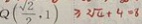
Q ( \frac { \sqrt { 2 } } { 2 } , 1 ) \geq 3 2 \sqrt { 4 } + 4 = 8